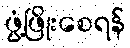
ဖွံ့ဖြိုးစေရန်